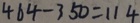
4 6 4 - 3 5 0 = 1 1 4